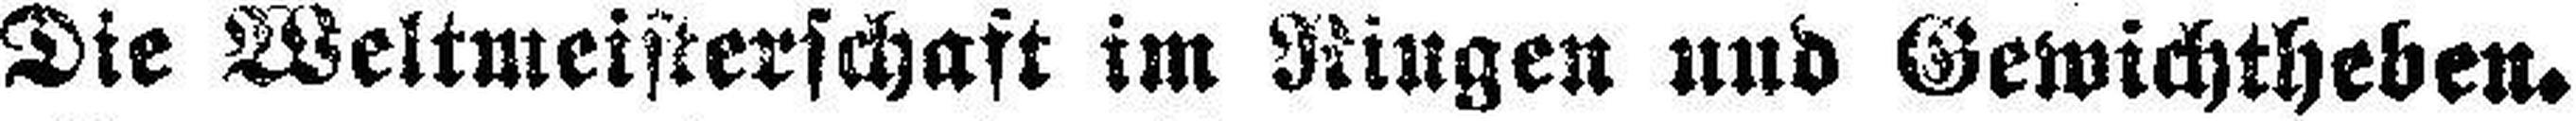
Die Weltmeisterschaft im Ringen und Gewichtheben.